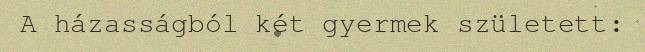
A házasságból két gyermek született: